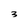
Character: 3